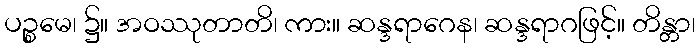
ပဉ္စမေ၊ ၌။ အဝဿုတာတိ၊ ကား။ ဆန္ဒရာဂေန၊ ဆန္ဒရာဂဖြင့်။ တိန္တာ၊